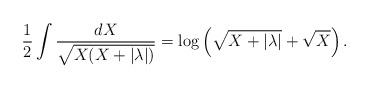
LaTeX: \begin{align*} \frac12\int\frac{dX}{\sqrt{X( X + |\lambda|)}} = \log \left(\sqrt{X + |\lambda|} +\sqrt{X} \right).\end{align*}